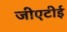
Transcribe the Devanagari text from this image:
जीएटीई